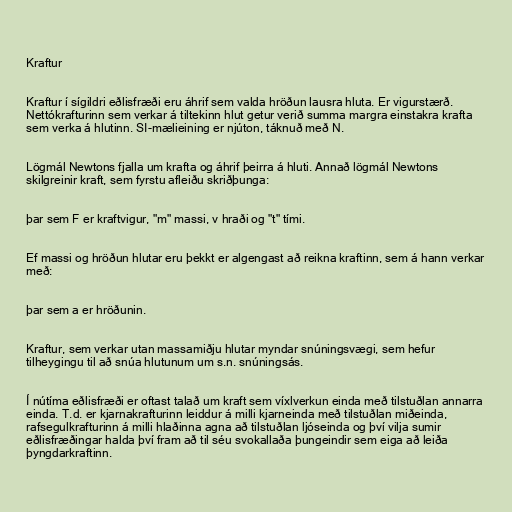
Kraftur

Kraftur í sígildri eðlisfræði eru áhrif sem valda hröðun lausra hluta. Er vigurstærð.
Nettókrafturinn sem verkar á tiltekinn hlut getur verið summa margra einstakra krafta
sem verka á hlutinn. SI-mælieining er njúton, táknuð með N.

Lögmál Newtons fjalla um krafta og áhrif þeirra á hluti. Annað lögmál Newtons
skilgreinir kraft, sem fyrstu afleiðu skriðþunga:

þar sem F er kraftvigur, "m" massi, v hraði og "t" tími.

Ef massi og hröðun hlutar eru þekkt er algengast að reikna kraftinn, sem á hann verkar
með:

þar sem a er hröðunin.

Kraftur, sem verkar utan massamiðju hlutar myndar snúningsvægi, sem hefur
tilheygingu til að snúa hlutunum um s.n. snúningsás.

Í nútíma eðlisfræði er oftast talað um kraft sem víxlverkun einda með tilstuðlan annarra
einda. T.d. er kjarnakrafturinn leiddur á milli kjarneinda með tilstuðlan miðeinda,
rafsegulkrafturinn á milli hlaðinna agna að tilstuðlan ljóseinda og því vilja sumir
eðlisfræðingar halda því fram að til séu svokallaða þungeindir sem eiga að leiða
þyngdarkraftinn.